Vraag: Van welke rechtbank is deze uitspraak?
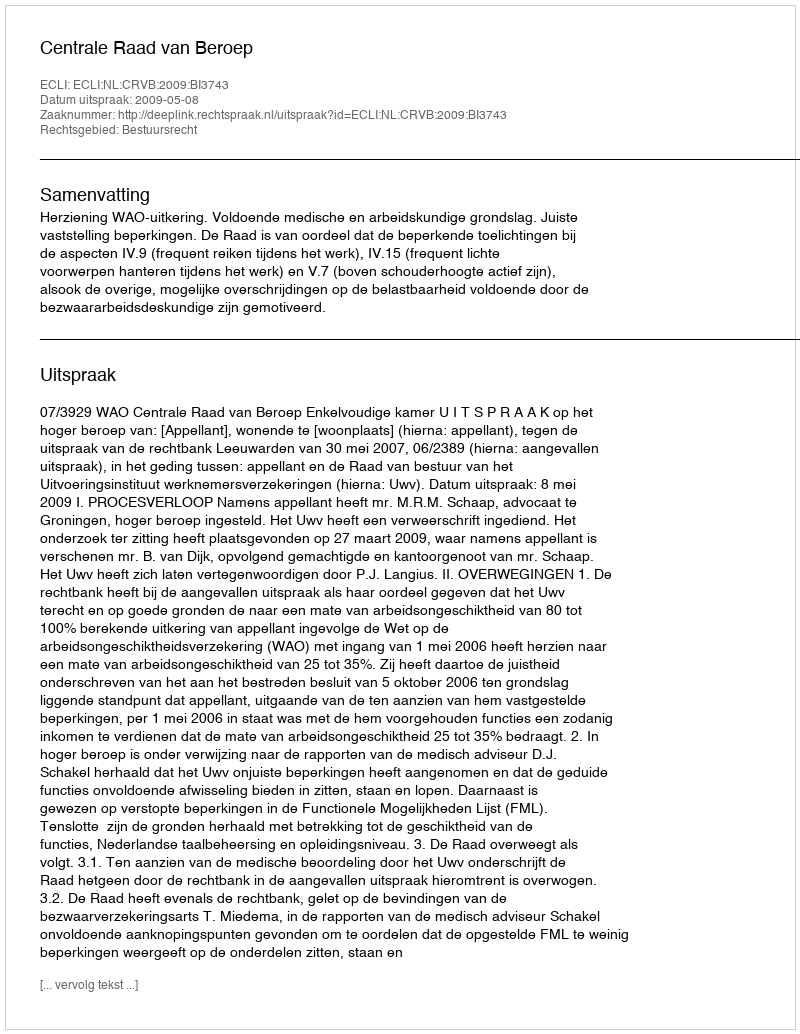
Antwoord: Centrale Raad van Beroep